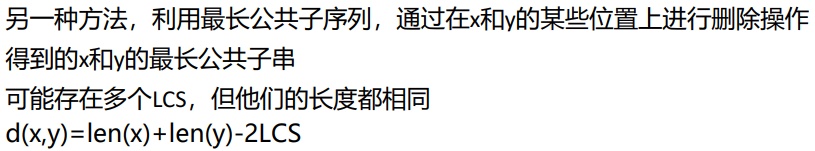
另一种方法，利用最长公共子序列，通过在x和y的某些位置上进行删除操作得到的x和y的最长公共子串
可能存在多个LCS，但他们的长度都相同
d(x,y)=len(x)+len(y)-2LCS